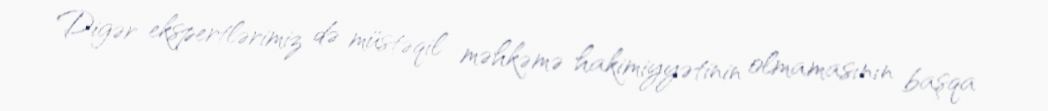
Digər ekspertlərimiz də müstəqil məhkəmə hakimiyyətinin olmamasının başqa